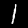
Digit: 1